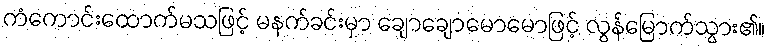
ကံကောင်းထောက်မသဖြင့် မနက်ခင်းမှာ ချောချောမောမောဖြင့် လွန်မြောက်သွား၏။